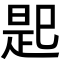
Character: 𢁈